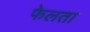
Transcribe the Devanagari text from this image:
फेलता